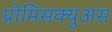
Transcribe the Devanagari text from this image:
प्रोमिसक्युअस